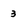
Character: 3